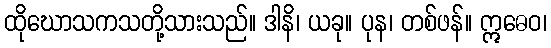
ထိုဃောသကသတို့သားသည်။ ဒါနိ၊ ယခု။ ပုန၊ တစ်ဖန်။ ဣဓေဝ၊